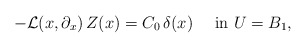
\begin{align*}-{\mathcal L}(x,\partial_x)\,Z(x)=C_0\,\delta(x) \quad\hbox{ in $ U=B_1$,}\end{align*}